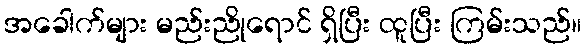
အခေါက်များ မည်းညိုရောင် ရှိပြီး ထူပြီး ကြမ်းသည်။